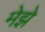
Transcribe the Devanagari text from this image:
मेझे